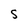
Character: S